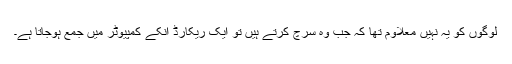
لوگوں کو یہ نہیں معلاوم تھا کہ جب وہ سرچ کرتے ہیں تو ایک ریکارڈ انکے کمپیوٹر میں جمع ہوجاتا ہے۔